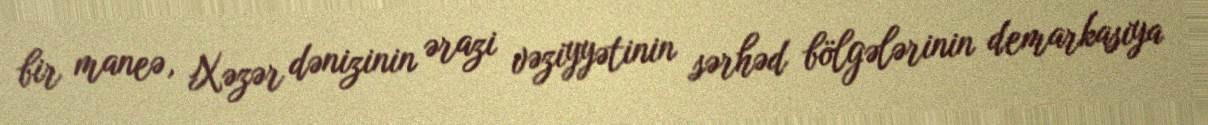
bir maneə, Xəzər dənizinin ərazi vəziyyətinin sərhəd bölgələrinin demarkasiya